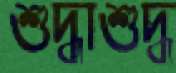
শুদ্ধাশুদ্ধ